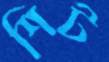
শিট